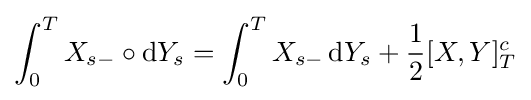
\int _{0}^{T}X_{s-}\circ \mathrm {d} Y_{s}=\int _{0}^{T}X_{s-}\,\mathrm {d} Y_{s}+{\frac {1}{2}}[X,Y]_{T}^{c}